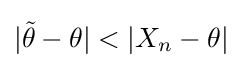
|{\tilde {\theta }}-\theta |<|X_{n}-\theta |